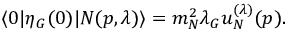
\langle 0 | { \eta } _ { G } ( 0 ) | N ( p , { \lambda } ) \rangle = m _ { N } ^ { 2 } { \lambda } _ { G } u _ { N } ^ { ( { \lambda } ) } ( p ) .